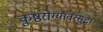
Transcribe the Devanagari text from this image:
कुष्ठरोग्यांवरसुद्धा